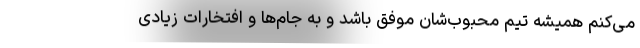
مى‌کنم همیشه تیم محبوب‌شان موفق باشد و به جام‌ها و افتخارات زیادى